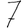
Digit: 7